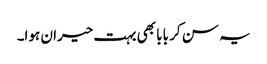
یہ سن کر بابا بھی بہت حیران ہوا۔